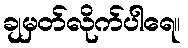
ချမှတ်လိုက်ပါရေ။